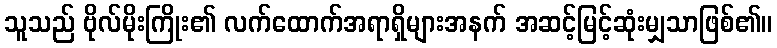
သူသည် ဗိုလ်မိုးကြိုး၏ လက်ထောက်အရာရှိများအနက် အဆင့်မြင့်ဆုံးမျှသာဖြစ်၏။